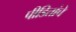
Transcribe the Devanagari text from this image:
पीडितांचे